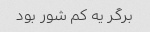
برگر یه کم شور بود